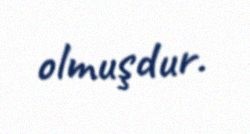
olmuşdur.